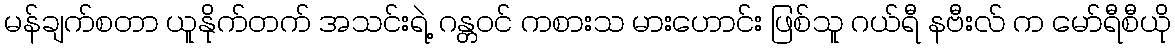
မန်ချက်စတာ ယူနိုက်တက် အသင်းရဲ့ ဂန္တဝင် ကစားသ မားဟောင်း ဖြစ်သူ ဂယ်ရီ နဗီးလ် က မော်ရီစီယို